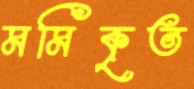
মমিকৃত